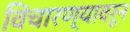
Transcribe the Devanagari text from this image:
विचारण्यावरून